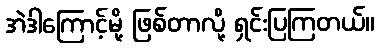
အဲဒါကြောင့်မို့ ဖြစ်တာလို့ ရှင်းပြကြတယ်။